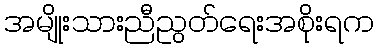
အမျိုးသားညီညွတ်ရေးအစိုးရက